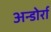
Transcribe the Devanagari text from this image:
अन्डोर्रा